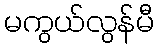
မကွယ်လွန်မီ